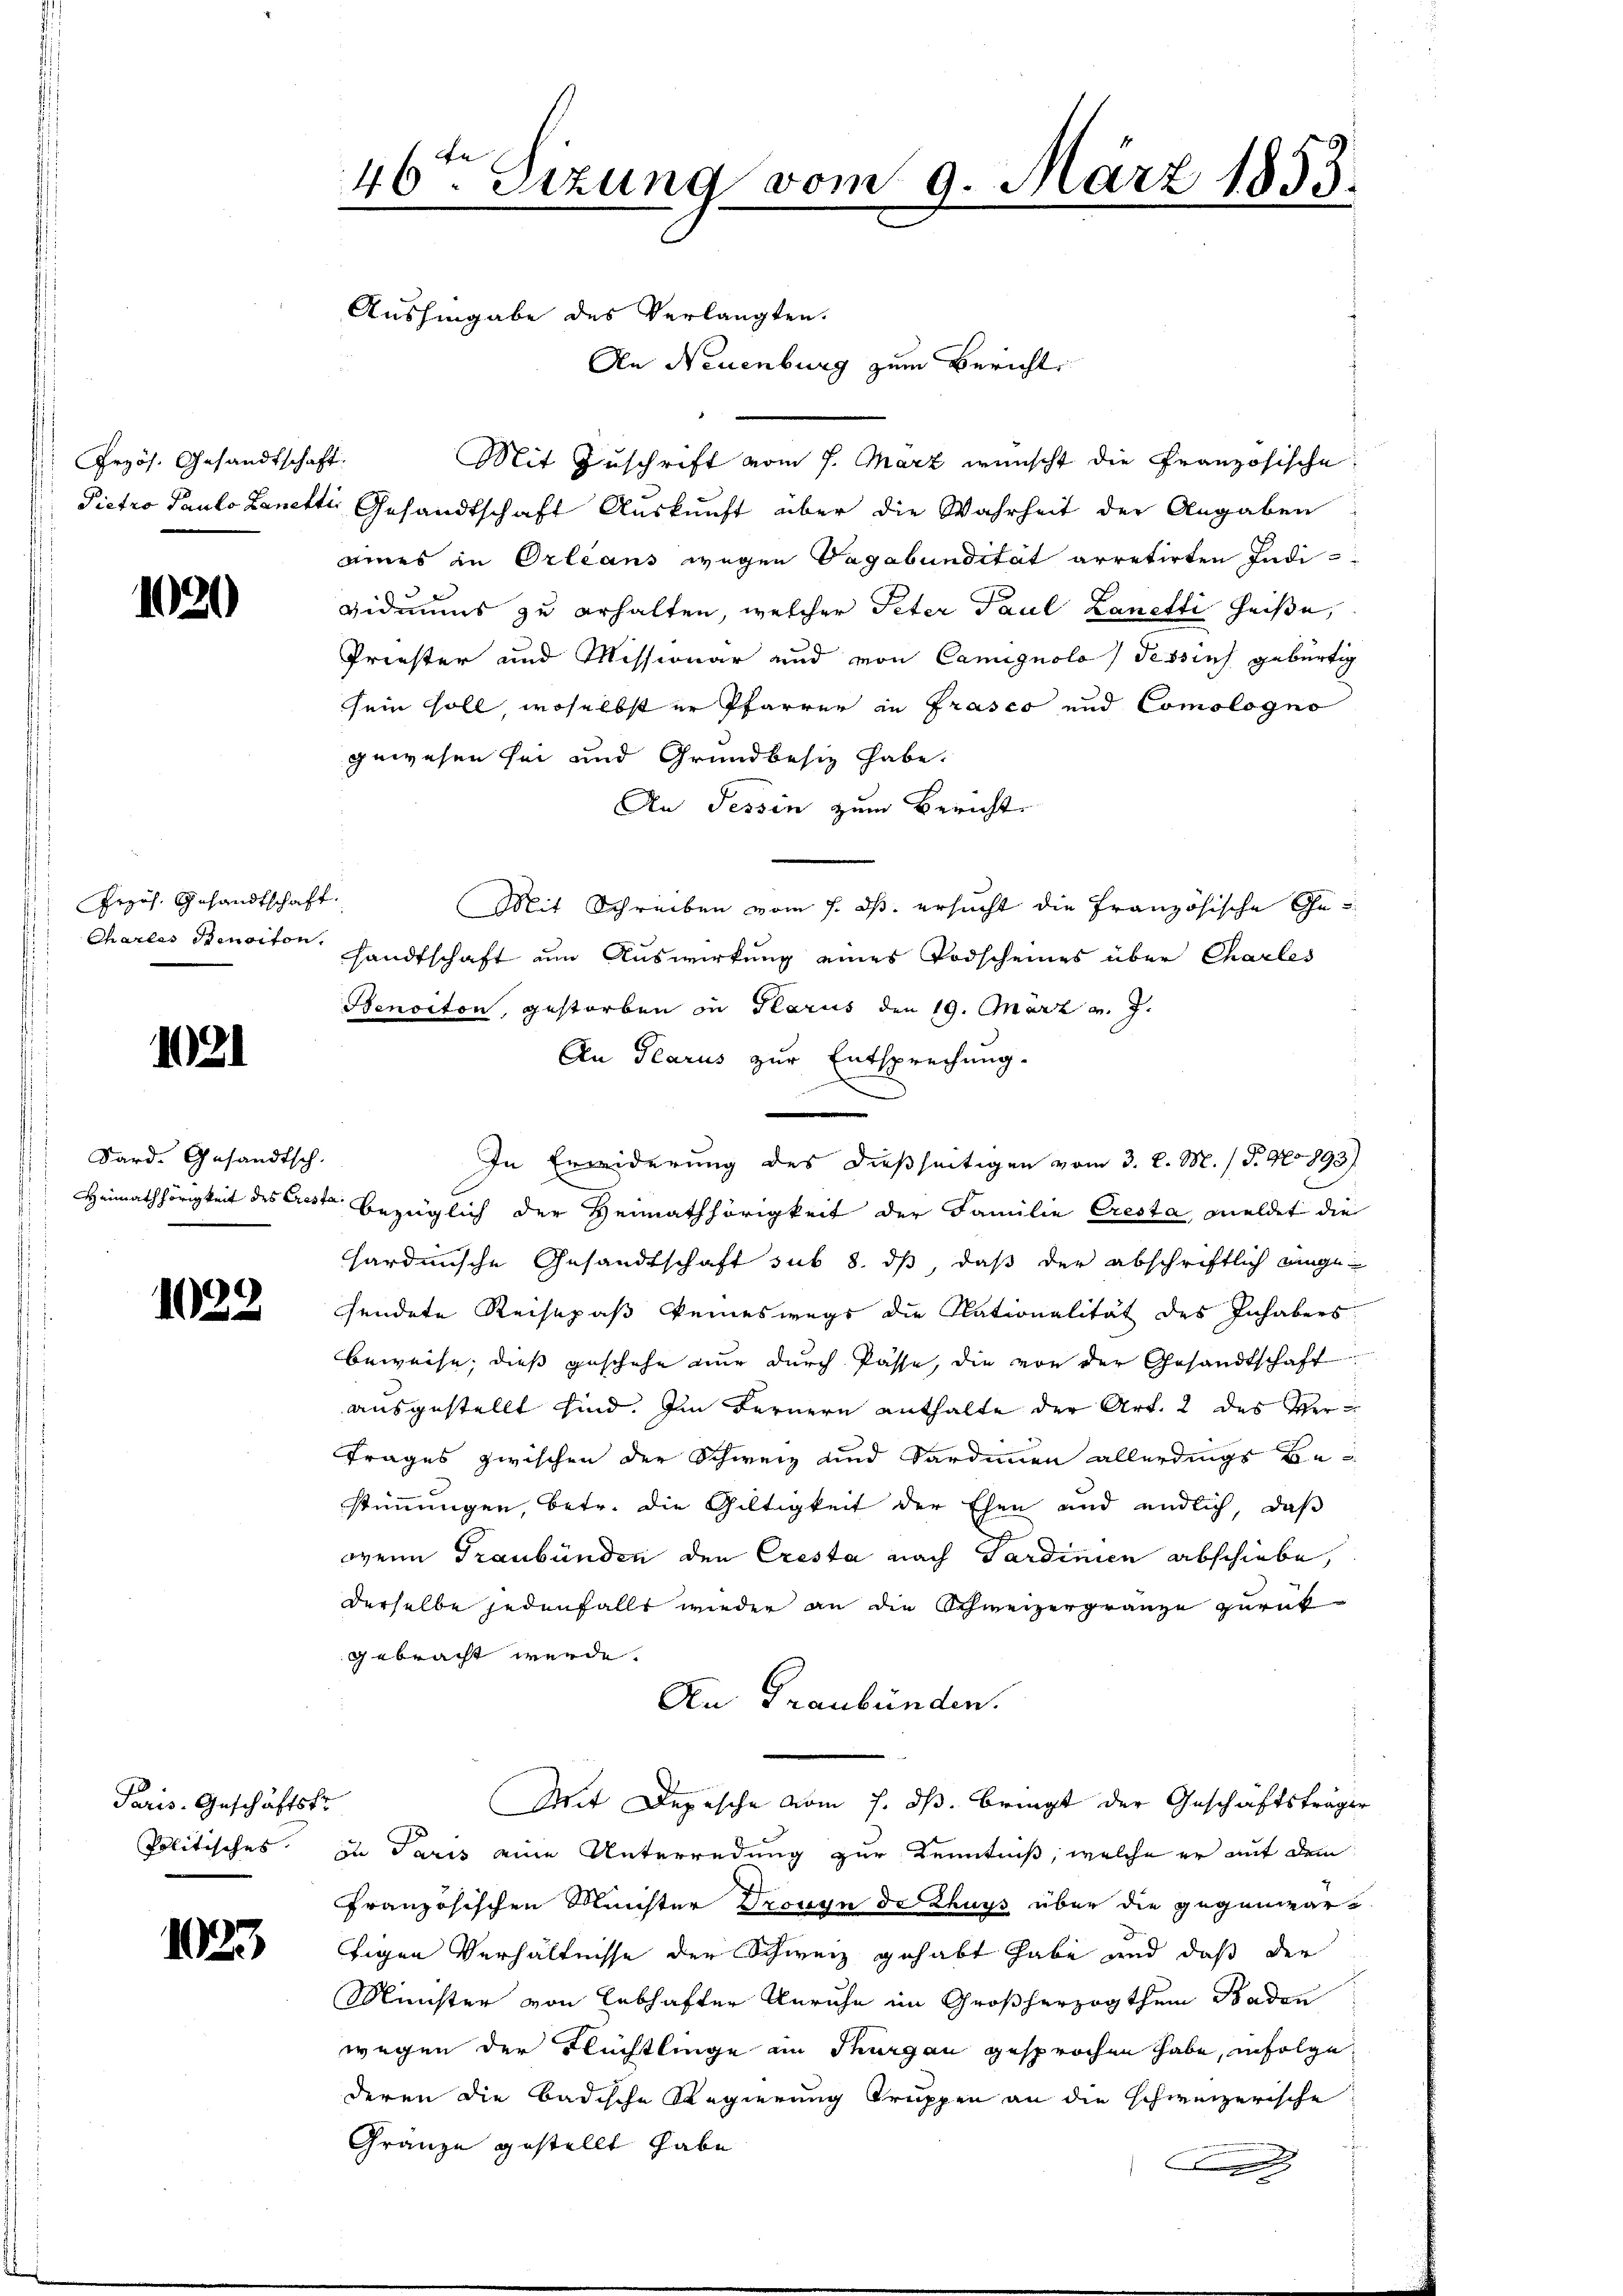
Przös. Gesandtschaft.

1020

Przös. Gesandtschaft
Charlas Pensiton.

1

Dard. Gesandtsch.

1032

Paris. Geschäftsfr.

1023

46ten Sizung vom 9. März 1853.
D

Aushingabe des Verlangten.

An Neuenburg zum Bericht
Mit Zuschrift vom 7. März wünscht die Französische
Pietro Paulo Lanetti Gesandtschaft Auskunft über die Wahrheit der Angaben
aies in Orleans wegen Vagabundität arretirten Indi-
viduums zu erhalten, welcher Peter Paul Lanetti heiße,
Priester und Missionar und von Camignola dessius gebürtig
sein soll, woselbst er Pfarrer in Präses und Comologno
gewesen sei und Grundbesitz habe.
An Tessin zum Bericht
Mit Schreiben vom 7. ds. ersucht die Französische Ges
sandtschaft um Auswirkung eines Todscheines über Charles
Benoiton, gestorben in Glarus den 19. März v. J.
An Glarus zur Entsprechung.
In Erwiderung des dießseitigen vom 3. d. M. (T. No 893)
Heimathörigkeit des Creste bezüglich der Heimathörigkeit der Familie Cresta, meldet die
hardinische Gesandtschaft sub 8. ds, daß der abschriftlich eingefendete Reisepaß keineswegs die Nationalität des Inhabers
beweise, dieß geschehe nur durch Pässe, die von der Gesandtschaft
ausgestellt sind. Im Fernern enthalte der Art. 2 des Ver¬
Trages zwischen der Schweiz und Sardinen allerdings Bestimmungen, betr. die Gültigkeit der Ehen und endlich, daß
wenn Graubünden den Cresta nach Sardinien abschiebe,
derselbe jedenfalls wieder an die Schweizergränze zurückgebracht werde.
An Graubünden.
Mit Depesche vom 7. ds. bringt der Geschäftsträger
Politisches zu Paris eine Unterredung zur Kenntniß, welche er auf dem
Französischen Meister Drowyn de chuss über die gegenwärtigen Verhältnisse der Schweiz gehabt habe und daß der
Minister von Lebhafter Unruhe im Großherzogthum Baden
wegen der Flüchtlinge im Thurgau gesprochen habe, infolge
deren die badische Regierung truppen an die schweizerische
.
Gränze gestellt habe
g